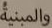
والمبنية